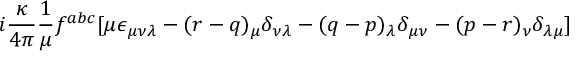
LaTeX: i \frac { \kappa } { 4 \pi } \frac { 1 } { \mu } f ^ { a b c } [ \mu \epsilon _ { \mu \nu \lambda } - ( r - q ) _ { \mu } \delta _ { \nu \lambda } - ( q - p ) _ { \lambda } \delta _ { \mu \nu } - ( p - r ) _ { \nu } \delta _ { \lambda \mu } ]